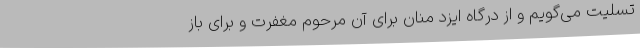
تسلیت می‌گویم و از درگاه ایزد منان برای آن مرحوم مغفرت و برای باز